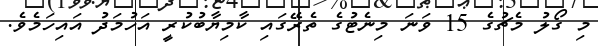
މި ގޯލު މެޗުގެ 15 ވަނަ މިނެޓުގެ ތެރޭގައި ކާމިޔާބުކުރީ އަހުމަދު އައިހަމެވެ.